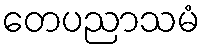
တေပညာသမံ